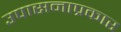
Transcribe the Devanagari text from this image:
उपासनाप्रकार